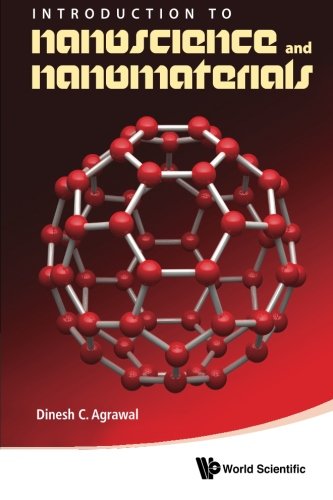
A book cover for Introduction to Nanoscience and Nanomaterials; Dinesh C Agrawal; Science & Math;